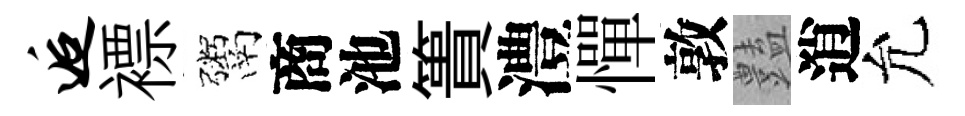
逅褾鬻商池簣澧憚敦𧰟逍允